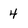
Character: 4